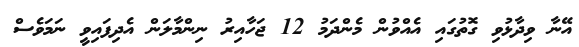
އޭނާ ވިދާޅުވި ގޮތުގައި އެެއްވުން މެންދަމު 12 ޖަހާއިރު ނިންމާލަން އެދިފައިވީ ނަމަވެސް